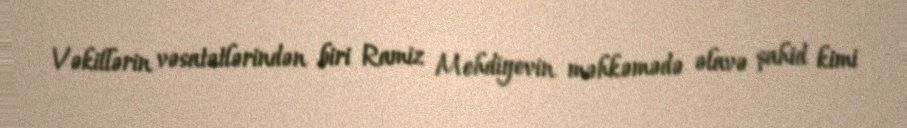
Vəkillərin vəsatətlərindən biri Ramiz Mehdiyevin məhkəmədə əlavə şahid kimi